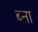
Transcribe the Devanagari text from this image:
ब्ना